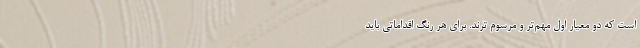
است که دو معیار اول مهم‌تر و مرسوم ترند. برای هر رنگ اقداماتی باید